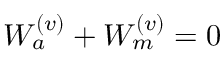
W _ { a } ^ { ( v ) } + W _ { m } ^ { ( v ) } = 0